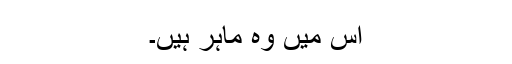
اس میں وہ ماہر ہیں۔